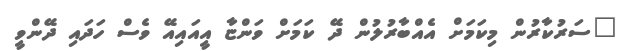
"ސަރުކާރުން މިކަމަށް އެއްބާރުލުން ދޭ ކަމަށް ވަންޏާ އީއައިއޭ ވެސް ހަދައި ދޭންވީ